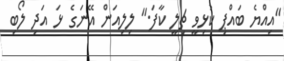
"އިއްޔެ ބައްޕި ކުޅިވީ ޗިލީ ކާފަ." ލިލިއަން އޭނަގެ ޅަ އަދި ލޯބި